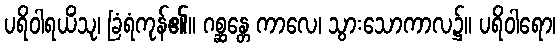
ပရိဝါရယိံသု၊ ခြံရံကုန်၏။ ဂစ္ဆန္တေ ကာလေ၊ သွားသောကာလ၌။ ပရိဝါရော၊